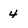
Character: 4